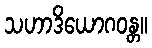
သဟာဒိယောဂဝန္တ။